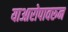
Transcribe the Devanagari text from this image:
याआरोपावरुन